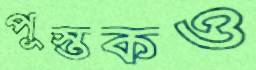
পুস্তকও